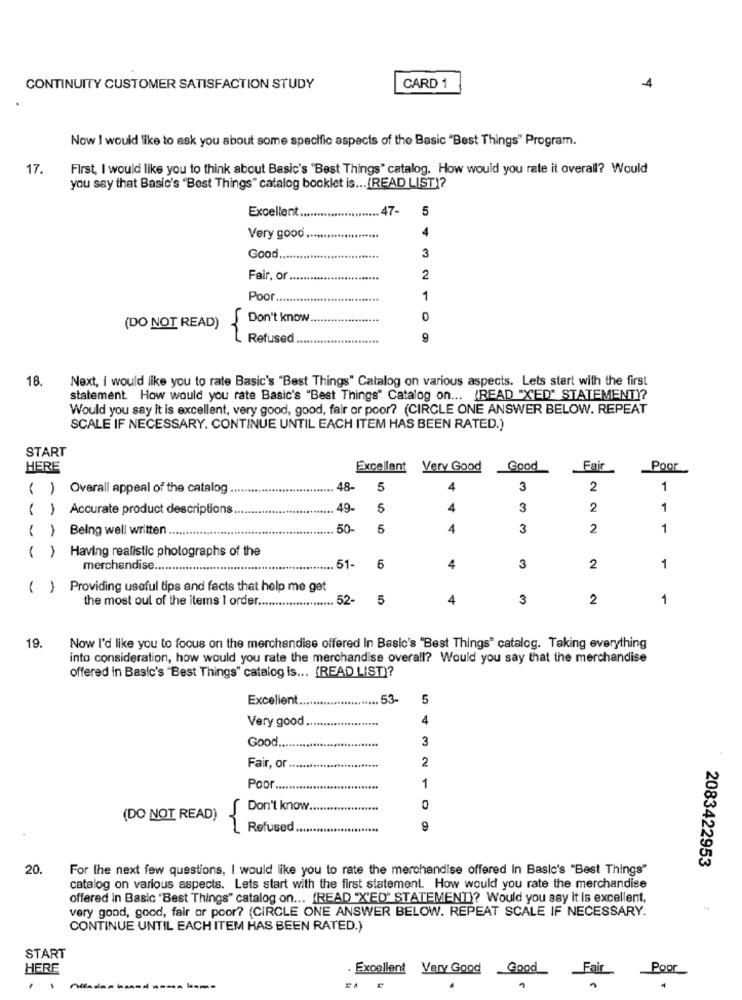
CONTINUITY CUSTOMER SATISFACTION STUDY
CARD 1
Now I would like to ask you about some specific aspects of the Basic "Best Things" Program.
17.
First, I would like you to think about Basic's 'Best Things" catalog. How would you rate it overall? Would
you say that Basic's "Best Things" catalog booklet is ... (READ LIST)?
Excellent.
......... 47-
5
4
Very good
3
Good
Fair, or
.....
2
Poor .....
1
Don't know
0
(DO NOT READ)
Refused
18.
Next, i would like you to rate Basic's "Best Things" Catalog on various aspects. Lets start with the first
statement. How would you rate Basic's "Best Things" Catalog on ... (READ "X'ED" STATEMENT)?
Would you say it is excellent, very good, good, fair or poor? (CIRCLE ONE ANSWER BELOW. REPEAT
SCALE IF NECESSARY. CONTINUE UNTIL EACH ITEM HAS BEEN RATED.)
START
HERE
Excellent Very Good
Good
Fair
Poor
( ) Overall appeal of the catalog
48-
5
4
3
2
1
Accurate product descriptions.
49-
5
4
3
2
1
( )
Being well written
50-
5
4
3
2
1
Having realistic photographs of the
( )
merchandise.
51-
6
4
3
2
1
( ) Providing useful tips and facts that help me get
the most oul of the items 1 order ......................
52-
5
4
3
2
1
19.
Now I'd like you to focus on the merchandise offered In Basic's "Best Things" catalog. Taking everything
into consideration, how would you rate the merchandise overall? Would you say that the merchandise
offered in Basic's "Best Things" catalog is ... (READ LIST)?
Excellent
53
5
Very good
4
Good
3
Fair, or
2
Poor
1
Don't know.
(DO NOT READ)
1 Refused.
9
2083422953
20.
For the next few questions, I would like you to rate the merchandise offered in Basic's "Best Things"
catalog on various aspects. Lets start with the first statement. How would you rate the merchandise
offered in Basic 'Best Things" catalog on ... (READ "X'ED" STATEMENT)? Would you say it Is excellent,
very good, good, fair or poor? (CIRCLE ONE ANSWER BELOW. REPEAT SCALE IF NECESSARY.
CONTINUE UNTIL EACH ITEM HAS BEEN RATED.)
START
HERE
. Excellent Very Good
Poor
Good
Fair
---